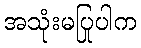
အသုံးမပြုပါက